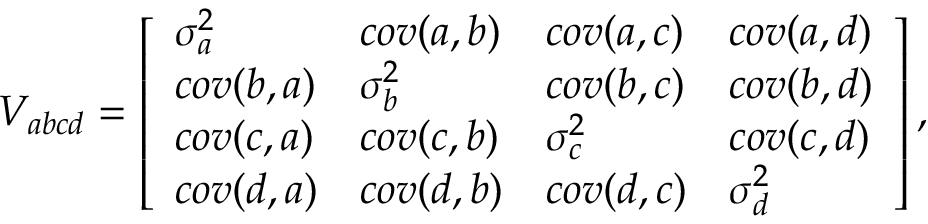
\begin{array} { r } { V _ { a b c d } = \left[ \begin{array} { l l l l } { \sigma _ { a } ^ { 2 } } & { c o v ( a , b ) } & { c o v ( a , c ) } & { c o v ( a , d ) } \\ { c o v ( b , a ) } & { \sigma _ { b } ^ { 2 } } & { c o v ( b , c ) } & { c o v ( b , d ) } \\ { c o v ( c , a ) } & { c o v ( c , b ) } & { \sigma _ { c } ^ { 2 } } & { c o v ( c , d ) } \\ { c o v ( d , a ) } & { c o v ( d , b ) } & { c o v ( d , c ) } & { \sigma _ { d } ^ { 2 } } \end{array} \right] , } \end{array}